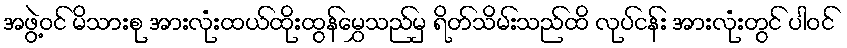
အဖွဲ့ဝင် မိသားစု အားလုံးထယ်ထိုးထွန်မွှေသည်မှ ရိတ်သိမ်းသည်ထိ လုပ်ငန်း အားလုံးတွင် ပါဝင်